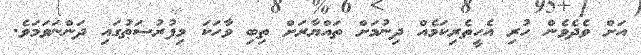
އަށް ވެދެވެން ހުރި އެހީތެރިކަމެއް ދިނުމަށް ތައްޔާރަށް ތިބި ވާހަކަ މިފުރުޞަޠުގައި ދަންނަވަމަވެ.